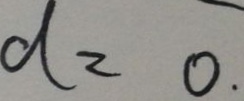
d = 0 .